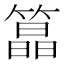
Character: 𮵸